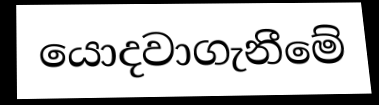
යොදවාගැනීමේ